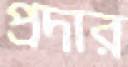
প্রদার